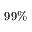
9 9 \%